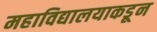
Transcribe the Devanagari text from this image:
महाविद्यालयाकडून